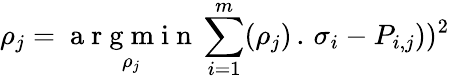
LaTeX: \rho_{j}={\underset{\rho_{j}}{\mathrm{~a~r~g~m~i~n~}}}\sum_{i=1}^{m}({\rho_{j})}\, .\, {\sigma_{i}}-P_{i,j}))^{2}